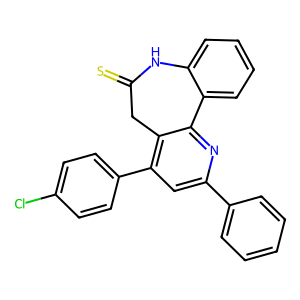
SMILES: S=C1Cc2c(-c3ccc(Cl)cc3)cc(-c3ccccc3)nc2-c2ccccc2N1
Inhibits HIV replication: No